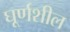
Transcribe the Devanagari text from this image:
घूर्णशील